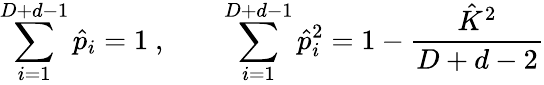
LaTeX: \sum_{i=1}^{D+d-1}\hat{p}_{i}=1\ ,\qquad\sum_{i=1}^{D+d-1}\hat{p}_{i}^{2}=1-\frac{\hat{K}^{2}}{D+d-2}